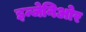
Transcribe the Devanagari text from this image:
इन्जेनिओर